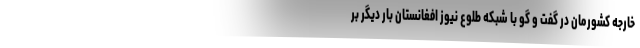
خارجه کشورمان در گفت و گو با شبکه طلوع نیوز افغانستان بار دیگر بر